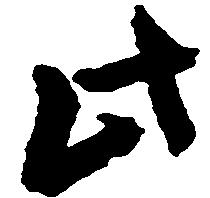
此